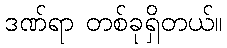
ဒဏ်ရာ တစ်ခုရှိတယ်။